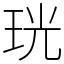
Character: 珖